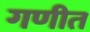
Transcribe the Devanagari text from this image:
गणीत